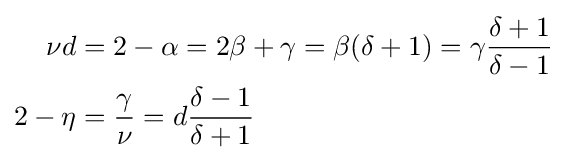
{\begin{aligned}\nu d&=2-\alpha =2\beta +\gamma =\beta (\delta +1)=\gamma {\frac {\delta +1}{\delta -1}}\\2-\eta &={\frac {\gamma }{\nu }}=d{\frac {\delta -1}{\delta +1}}\end{aligned}}